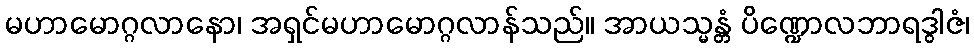
မဟာမောဂ္ဂလာနော၊ အရှင်မဟာမောဂ္ဂလာန်သည်။ အာယသ္မန္တံ ပိဏ္ဍောလဘာရဒွါဇံ၊